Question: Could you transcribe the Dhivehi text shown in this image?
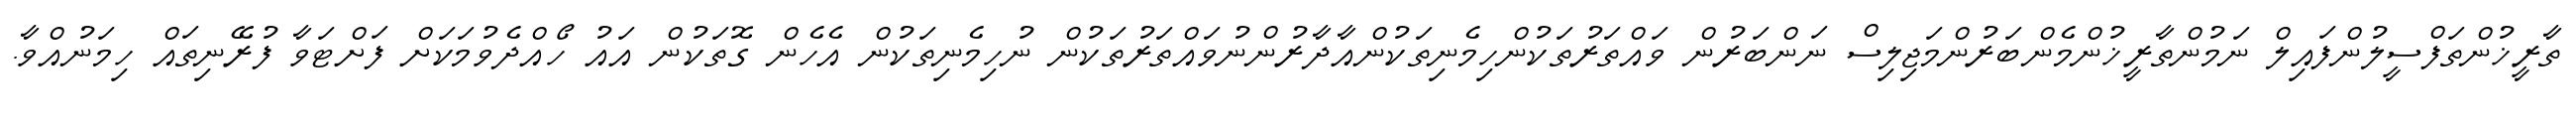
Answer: ތާރީޚުންތަފްސީލުންފައިލް ނަމުންތާރީޚުންމެންބަރުންމަޖިލިސް ނަންބަރުން ވައްތަރުތަކުންހިމެނިތަކުންއާދާރުންނުވައްތަރުތަކުން ނުހިމެނިތަކުން އެހެން ގޮތަކުން އައު ހޯއްދެވުމަކަށް ފަށްޓަވާ ފުރޭނިތައް ހިމަނުއްވާ.